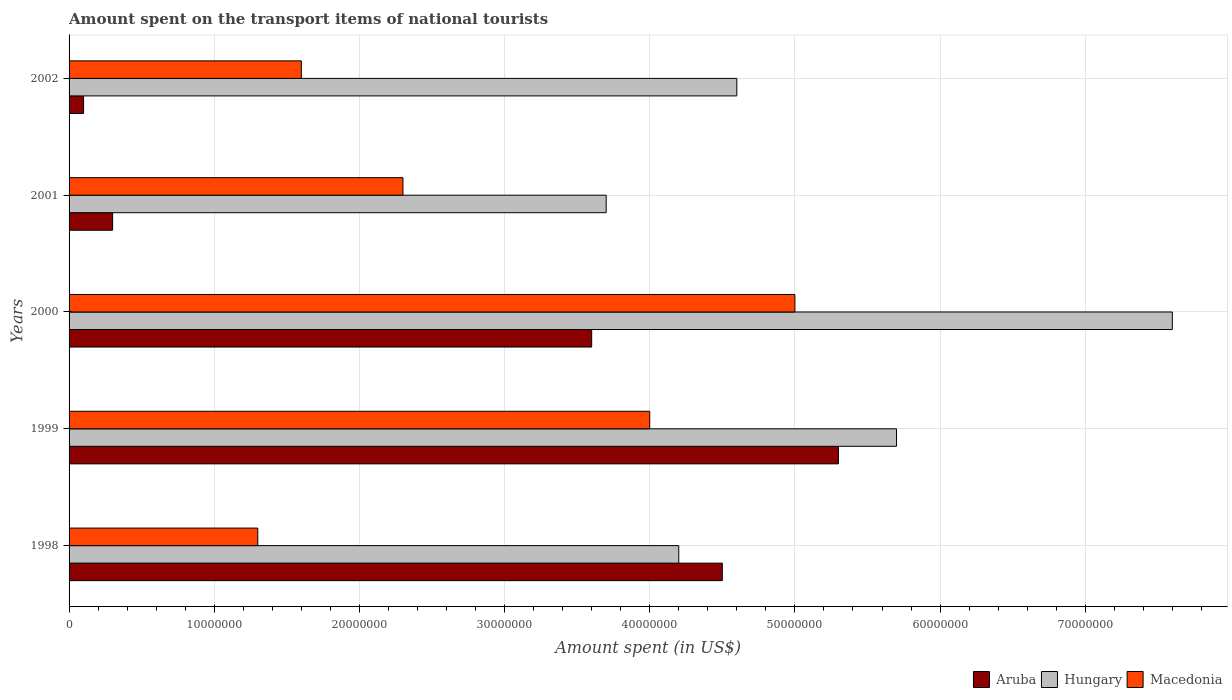
| Years | Aruba | Hungary | Macedonia |
 | --- | --- | --- | --- |
 | 1998 | 4.5e+07 | 4.2e+07 | 1.3e+07 |
 | 1999 | 5.3e+07 | 5.7e+07 | 4e+07 |
 | 2000 | 3.6e+07 | 7.6e+07 | 5e+07 |
 | 2001 | 3e+06 | 3.7e+07 | 2.3e+07 |
 | 2002 | 1e+06 | 4.6e+07 | 1.6e+07 |